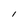
Character: I